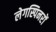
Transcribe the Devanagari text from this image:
लेगस्पिनरों